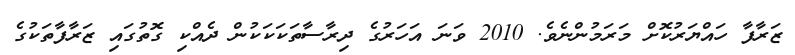
ޒަރާފާ ހައްޔަރުކޮށް މަރަމުންނެވެ. 2010 ވަނަ އަހަރުގެ ދިރާސާތަކަކަކުން ދެއްކި ގޮތުގައި ޒަރާފާތަކުގެ